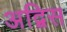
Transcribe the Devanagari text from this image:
अद्विस